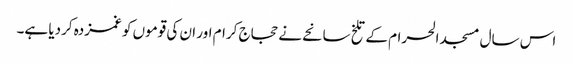
اس سال مسجد الحرام کے تلخ سانحے نے حجاج کرام اور ان کی قوموں کو غمزدہ کردیا ہے۔